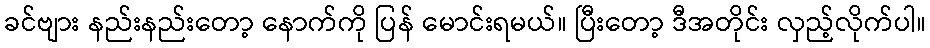
ခင်ဗျား နည်းနည်းတော့ နောက်ကို ပြန် မောင်းရမယ်။ ပြီးတော့ ဒီအတိုင်း လှည့်လိုက်ပါ။